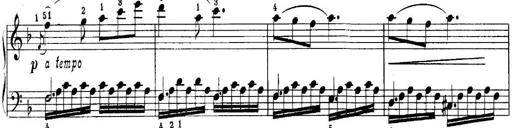
Title: Quatres sonatines
Composer: Tadeusz Joteyko